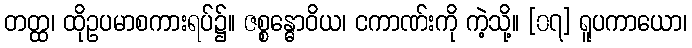
တတ္ထ၊ ထိုဥပမာစကားရပ်၌။ ဇစ္စန္ဓောဝိယ၊ ငကာဏ်းကို ကဲ့သို့။ [၀၇] ရူပကာယော၊